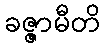
ခဇ္ဇာမီတိ